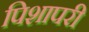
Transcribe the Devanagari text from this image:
पिशापरी